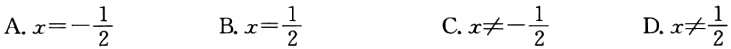
A. \(x = -\frac{1}{2}\)  B. \(x = \frac{1}{2}\)  C. \(x\neq -\frac{1}{2}\)  D. \(x\neq \frac{1}{2}\)